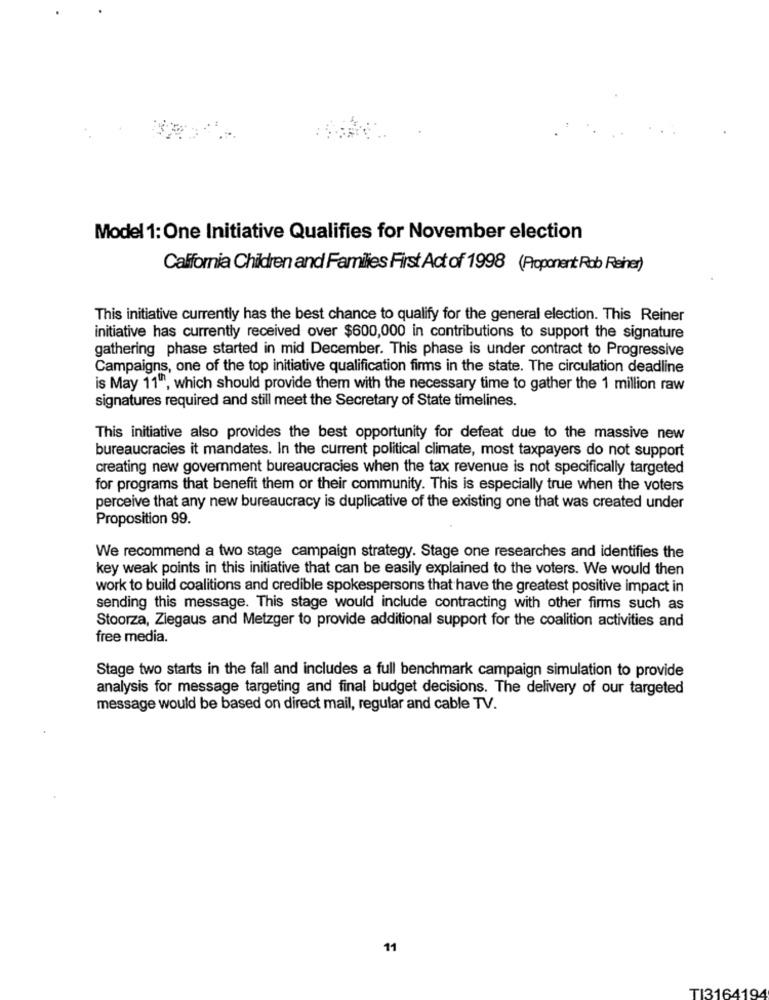
Model 1: One Initiative Qualifies for November election
California Children and Families First Act of 1998 (Proponent Rob Reiner)
This initiative currently has the best chance to qualify for the general election. This Reiner
initiative has currently received over $600,000 in contributions to support the signature
gathering phase started in mid December. This phase is under contract to Progressive
Campaigns, one of the top initiative qualification firms in the state. The circulation deadline
is May 11", which should provide them with the necessary time to gather the 1 million raw
signatures required and still meet the Secretary of State timelines.
This initiative also provides the best opportunity for defeat due to the massive new
bureaucracies it mandates. In the current political climate, most taxpayers do not support
creating new government bureaucracies when the tax revenue is not specifically targeted
for programs that benefit them or their community. This is especially true when the voters
perceive that any new bureaucracy is duplicative of the existing one that was created under
Proposition 99.
We recommend a two stage campaign strategy. Stage one researches and identifies the
key weak points in this initiative that can be easily explained to the voters. We would then
work to build coalitions and credible spokespersons that have the greatest positive impact in
sending this message. This stage would include contracting with other firms such as
Stoorza, Ziegaus and Metzger to provide additional support for the coalition activities and
free media.
Stage two starts in the fall and includes a full benchmark campaign simulation to provide
analysis for message targeting and final budget decisions. The delivery of our targeted
message would be based on direct mail, regular and cable TV.
11
TI3164194